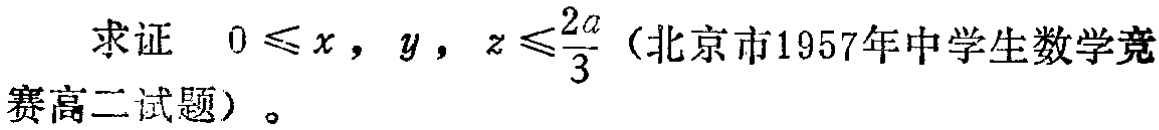
求证 \(0\leqslant x,y,z\leqslant\frac{2a}{3}\)（北京市1957年中学生数学竞赛高二试题）。